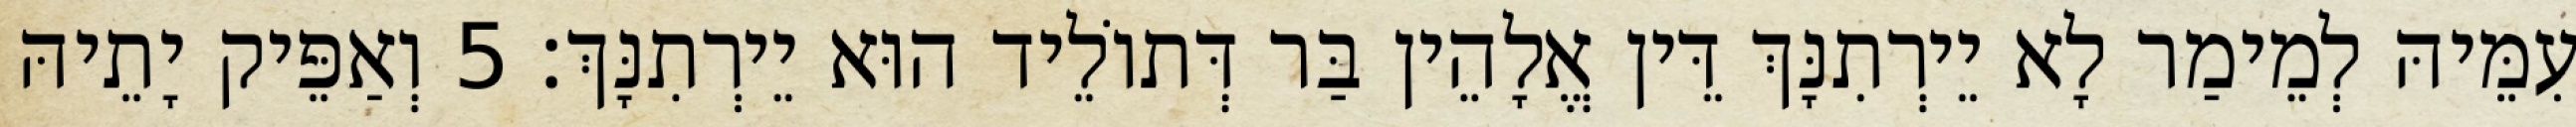
עִמֵּיהּ לְמֵימַר לָא יֵירְתִנָּךְ דֵּין אֱלָהֵין בַּר דְּתוֹלֵיד הוּא יֵירְתִנָּךְ׃ 5 וְאַפֵּיק יָתֵיהּ